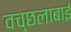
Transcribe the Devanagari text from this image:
वच्छलाबाई